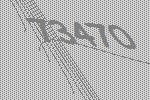
73470